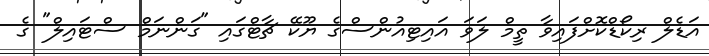
އަޑެލް ރިކޯޑްކޮށްފައިވާ ތީމް ލަވަ އައިޓިއުންސްގެ ޔޫކޭ ޗާޓްގައި "ގަންނަމް ސްޓައިލް" ގެ